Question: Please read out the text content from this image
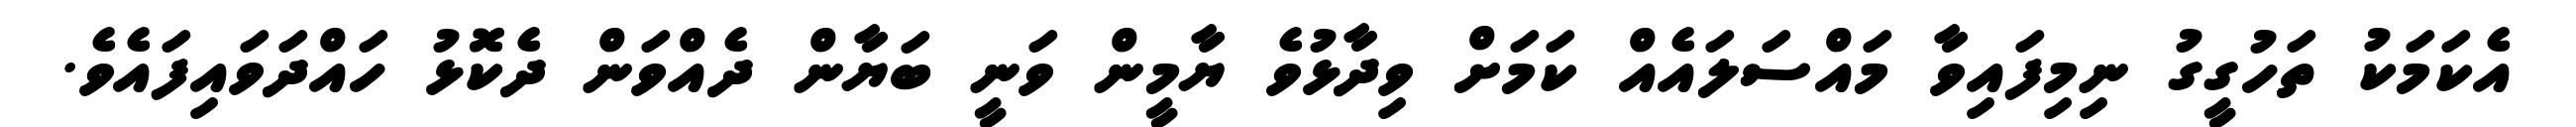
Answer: އެކަމަކު ތަހުގީގު ނިމިފައިވާ މައްސަލައެއް ކަމަށް ވިދާޅުވެ ޔާމީން ވަނީ ބަޔާން ދެއްވަން ދެކޮޅު ހައްދަވައިފައެވެ.